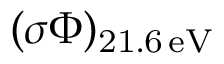
( \sigma \Phi ) _ { \mathrm { 2 1 . 6 \, e V } }